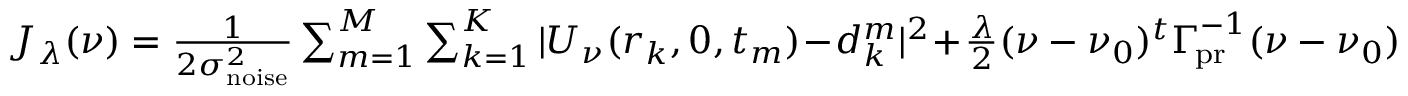
\begin{array} { r } { J _ { \lambda } ( \ensuremath { \boldsymbol \nu } ) = { \frac { 1 } { 2 \sigma _ { \mathrm { n o i s e } } ^ { 2 } } } \sum _ { m = 1 } ^ { M } \sum _ { k = 1 } ^ { K } | U _ { \boldsymbol \nu } ( r _ { k } , 0 , t _ { m } ) \! - \! d _ { k } ^ { m } | ^ { 2 } \! + \! { \frac { \lambda } { 2 } } ( \boldsymbol \nu - \ensuremath { \boldsymbol \nu } _ { 0 } ) ^ { t } \ensuremath { \boldsymbol \Gamma _ { \! \mathrm { p r } } } ^ { - 1 } ( \boldsymbol \nu - \ensuremath { \boldsymbol \nu } _ { 0 } ) } \end{array}